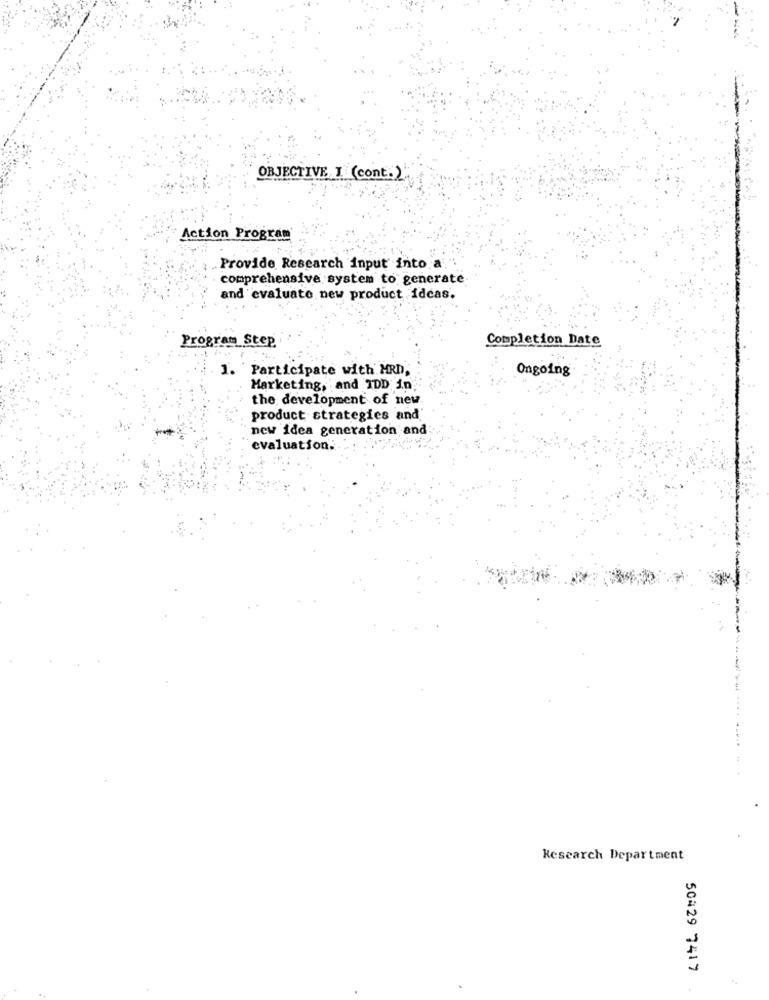
OBJECTIVE I (cont.)
Action Program
.Provide Research input into a
comprehensive system to generate
and evaluate new product idcas.
Program Step
Completion Date
1. Participate with MRD,
Ongoing
Marketing, and IDD in
the development of new
product strategies and
new idea generation and
evaluation.
Kesearch Department
50429 7417